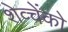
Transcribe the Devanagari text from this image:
शेव्चेंको